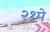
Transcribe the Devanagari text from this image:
२१मे